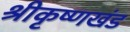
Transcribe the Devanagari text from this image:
श्रीकृष्णखंड